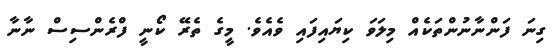
ގިނަ ފަންނާނުންތަކެއް މިލަވަ ކިޔައިފައި ވެއެވެ. މީގެ ތެރޭ ކޯނީ ފްރެންސިސް ނާނާ